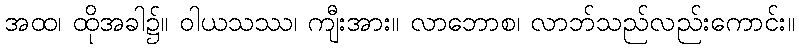
အထ၊ ထိုအခါ၌။ ဝါယသဿ၊ ကျီးအား။ လာဘောစ၊ လာဘ်သည်လည်းကောင်း။